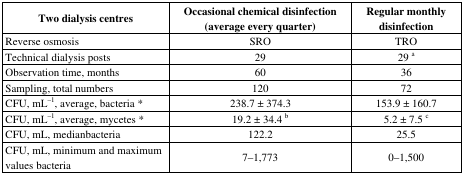
<table><thead><tr><td><b>Two dialysis centres</b></td><td><b>Occasional chemical disinfection (average every quarter)</b></td><td><b>Regular monthly disinfection</b></td></tr></thead><tbody><tr><td>Reverse osmosis</td><td>SRO</td><td>TRO</td></tr><tr><td>Technical dialysis posts</td><td>29</td><td>29 <sup>a</sup></td></tr><tr><td>Observation time, months</td><td>60</td><td>36</td></tr><tr><td>Sampling, total numbers</td><td>120</td><td>72</td></tr><tr><td>CFU, mL<sup>–1</sup>, average, bacteria *</td><td>238.7 ± 374.3</td><td>153.9 ± 160.7</td></tr><tr><td>CFU, mL<sup>–1</sup>, average, mycetes *</td><td>19.2 ± 34.4 <sup>b</sup></td><td>5.2 ± 7.5 <sup>c</sup></td></tr><tr><td>CFU, mL, medianbacteria</td><td>122.2</td><td>25.5</td></tr><tr><td>CFU, mL, minimum and maximum values bacteria</td><td>7–1,773</td><td>0–1,500</td></tr></tbody></table>